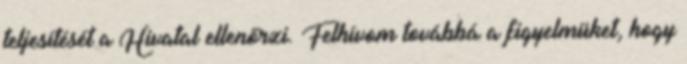
teljesítését a Hivatal ellenőrzi. Felhívom továbbá a figyelmüket, hogy